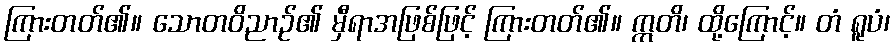
ကြားတတ်၏။ သောတဝိညာဉ်၏ မှီရာအဖြစ်ဖြင့် ကြားတတ်၏။ ဣတိ၊ ထို့ကြောင့်။ တံ ရူပံ၊